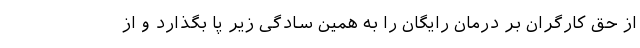
از حق کارگران بر درمان رایگان را به همین سادگی زیر پا بگذارد و از